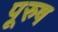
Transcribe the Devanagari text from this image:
पूरुष